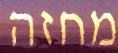
מחזה